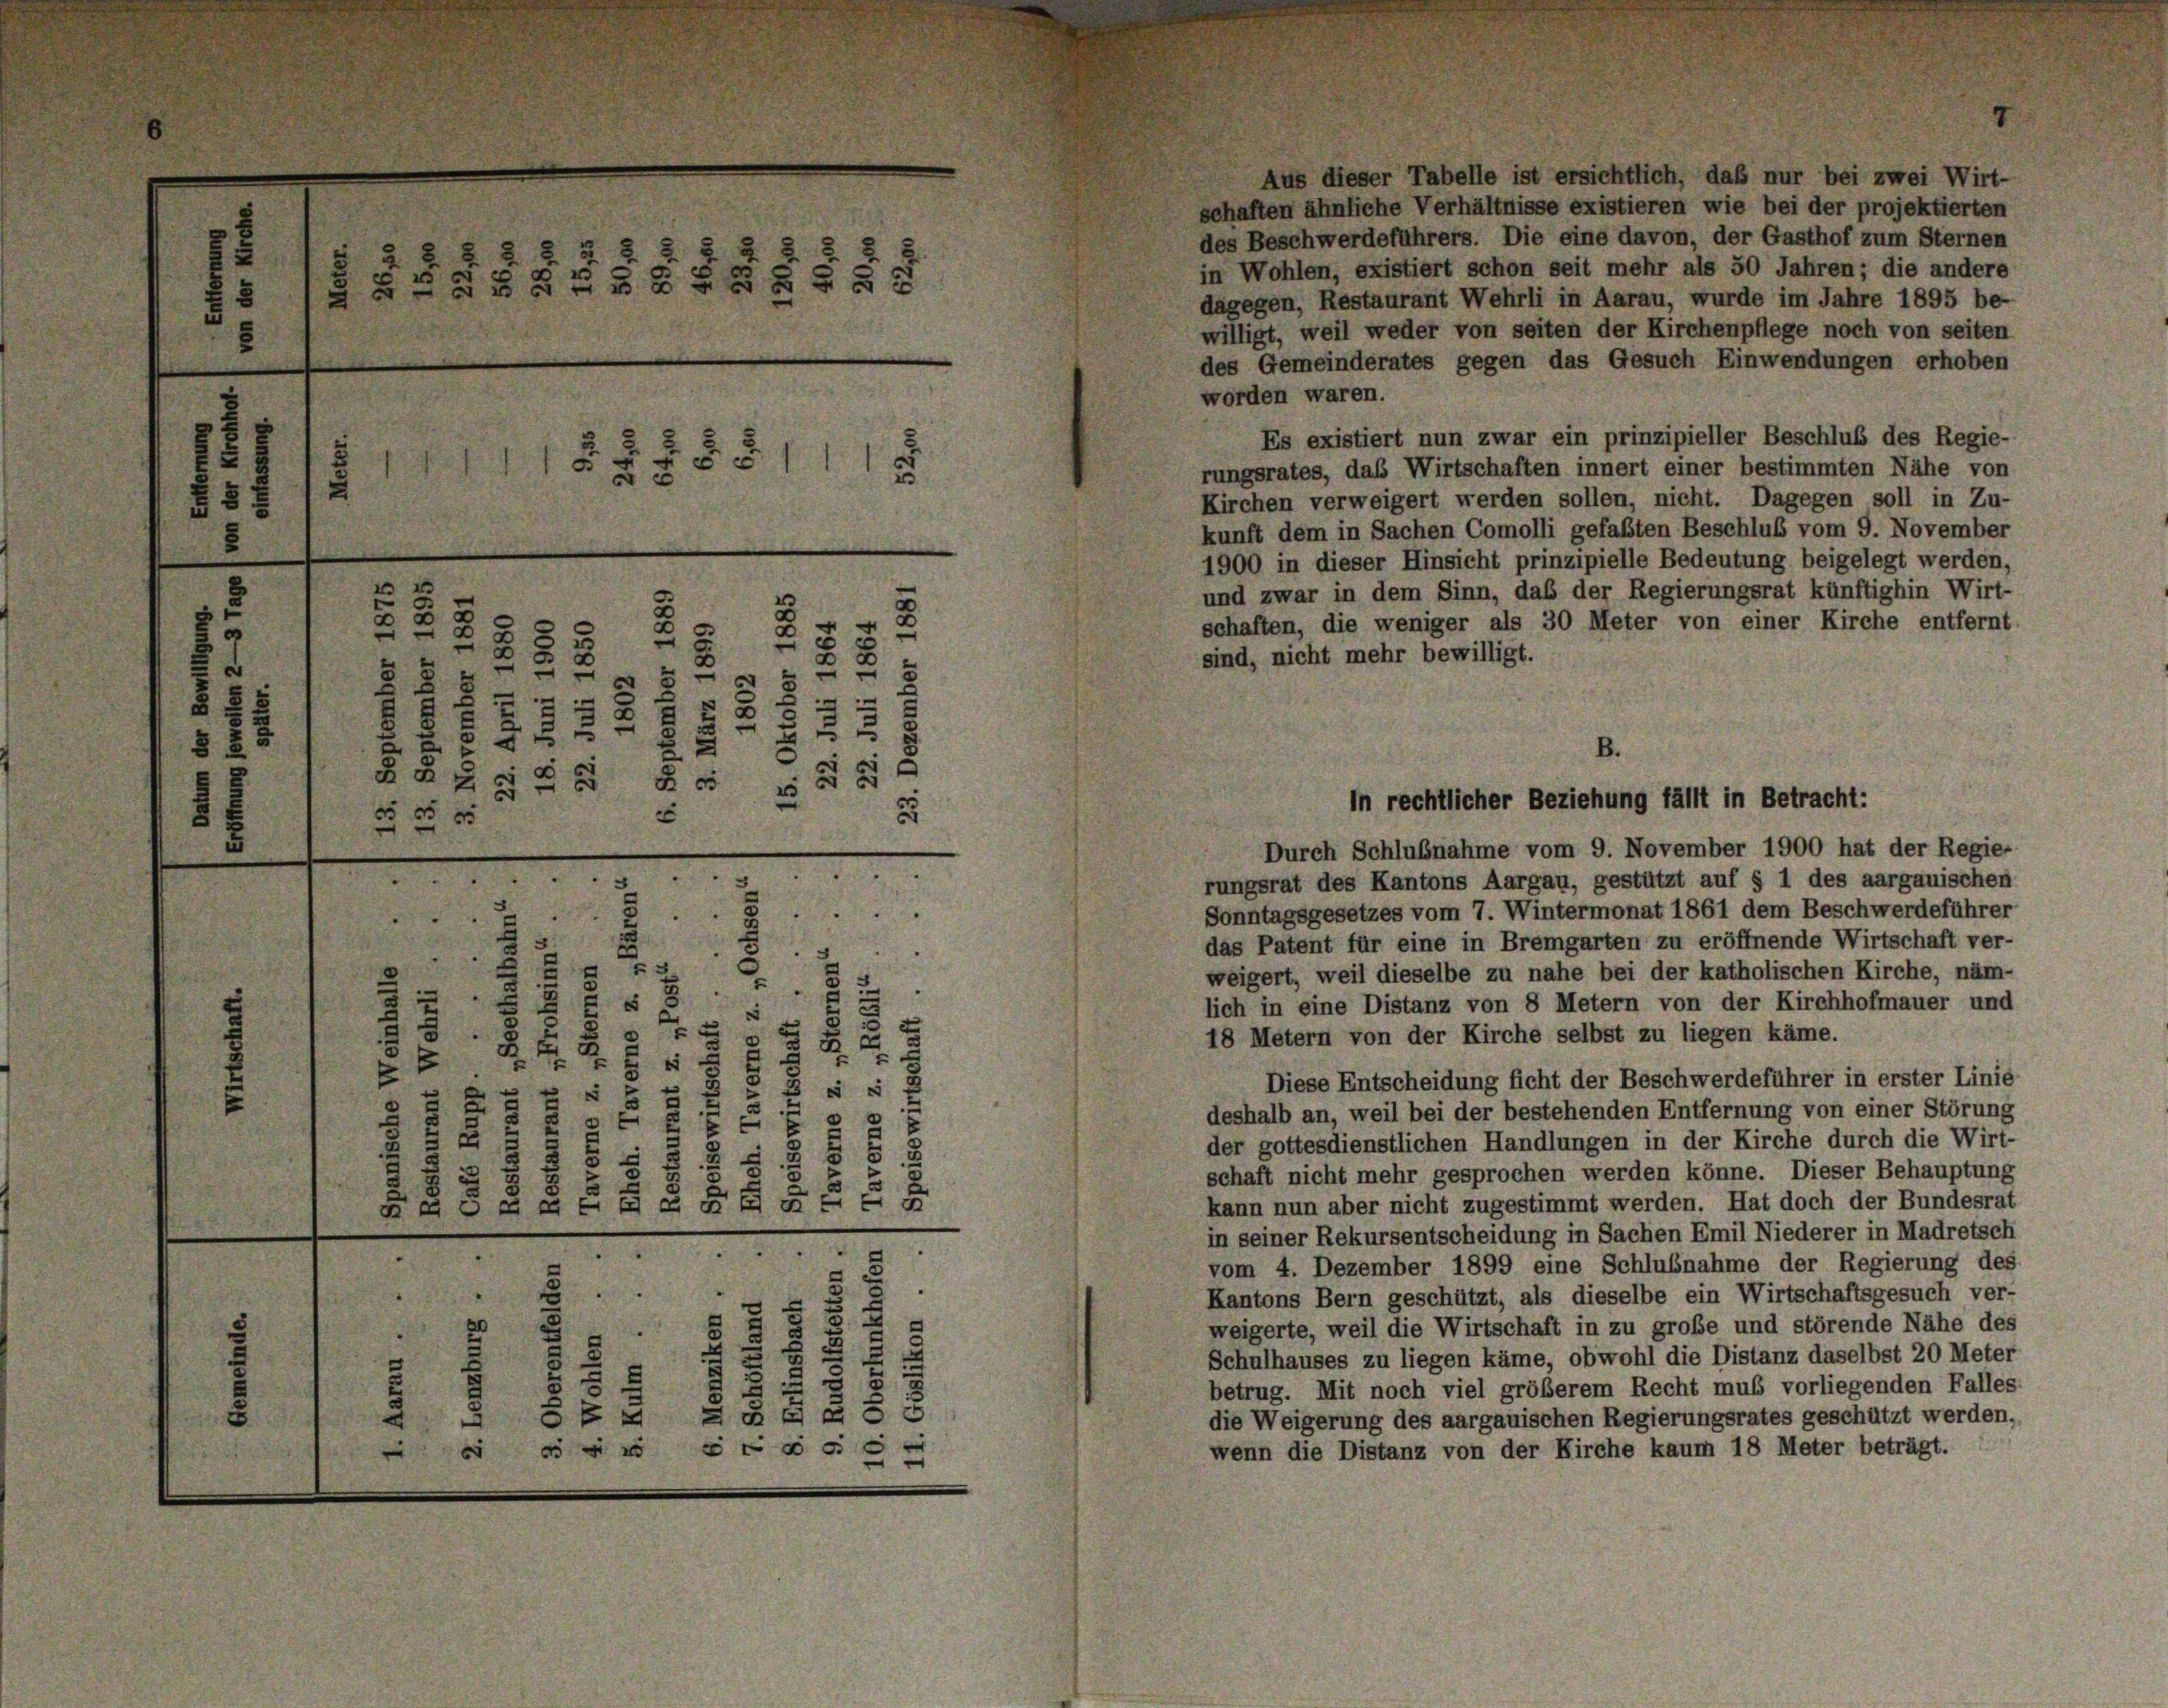
.
BER ZSBB SS2

u

3
2
2528
5
5
25
2
5
28
.

¬
58
u
8
g § 25
3
x
e
5
25
a
22
RRs Gs 8. 58

s
e

§§ 785

0
2 § 8
2
u
2
5

8 x 5
2
e
e
2
d
2
 x
2
 27
s
3
8
u
2
RAGRAGALLE=SA

d
“
5
s
Sta
d
e

2
.
5
u

3

.
.
2
5
i

Aus dieser Tabelle ist ersichtlich, daß nur bei zwei Wirt-
schaften ähnliche Verhältnisse existieren wie bei der projektierten
des Beschwerdeführers. Die eine davon, der Gasthof zum Sternen
in Wohlen, existiert schon seit mehr als 50 Jahren; die andere
dagegen, Restaurant Wehrli in Aarau, wurde im Jahre 1895 be-
willigt, weil weder von seiten der Kirchenpflege noch von seiten
des Gemeinderates gegen das Gesuch Einwendungen erhoben
worden waren.
Es existiert nun zwar ein prinzipieller Beschluß des Regie-
rungsrates, das Wirtschaften innert einer bestimmten Nähe von
Kirchen verweigert werden sollen, nicht. Dagegen soll in Zu-
kunft dem in Sachen Comolli gefaßten Beschluß vom 9. November
1900 in dieser Hinsicht prinzipielle Bedeutung beigelegt werden,
und zwar in dem Sinn, daß der Regierungsrat künftighin Wirt-
schaften, die weniger als 30 Meter von einer Kirche entfernt
sind, nicht mehr bewilligt.
B.

In rechtlicher Beziehung fällt in Betracht:

Durch Schlußnahme vom 9. November 1900 hat der Regie
rungsrat des Kantons Aargau, gestützt auf § 1 des aargauischen
Sonntagsgesetzes vom 7. Wintermonat 1861 dem Beschwerdeführer
das Patent für eine in Bremgarten zu eröffnende Wirtschaft ver-
weigert, weil dieselbe zu nahe bei der katholischen Kirche, näm-
lich in eine Distanz von 8 Metern von der Kirchhofmauer und
18 Metern von der Kirche selbst zu liegen käme.
Diese Entscheidung ficht der Beschwerdeführer in erster Linie
deshalb an, weil bei der bestehenden Entfernung von einer Störung
der gottesdienstlichen Handlungen in der Kirche durch die Wirt-
schaft nicht mehr gesprochen werden könne. Dieser Behauptung
kann nun aber nicht zugestimmt werden. Hat doch der Bundesrat
in seiner Rekursentscheidung in Sachen Emil Niederer in Madretsch
vom 4. Dezember 1899 eine Schlußnahme der Regierung des
Kantons Bern geschützt, als dieselbe ein Wirtschaftsgesuch ver-
weigerte, weil die Wirtschaft in zu große und störende Nähe des
Schulhauses zu liegen käme, obwohl die Distanz daselbst 20 Meter
betrug. Mit noch viel größerem Recht muß vorliegenden Falles-
die Weigerung des aargauischen Regierungsrates geschützt werden.
wenn die Distanz von der Kirche kaum 18 Meter beträgt.